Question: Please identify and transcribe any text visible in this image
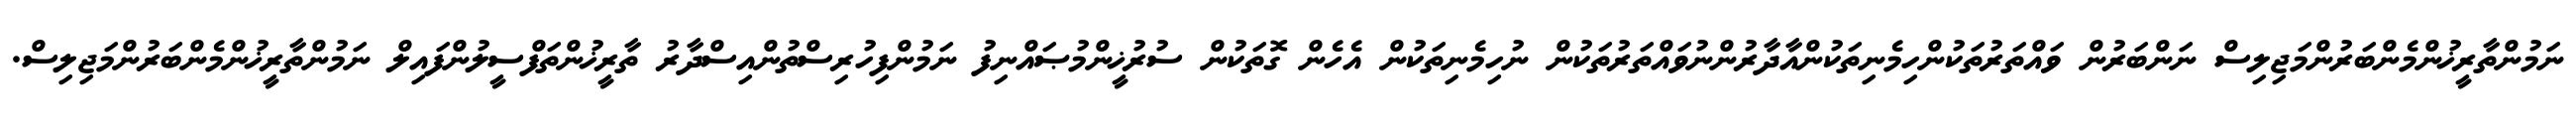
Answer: ނަމުންތާރީޚުންމެންބަރުންމަޖިލިސް ނަންބަރުން ވައްތަރުތަކުންހިމެނިތަކުންއާދާރުންނުވައްތަރުތަކުން ނުހިމެނިތަކުން އެހެން ގޮތަކުން ސުރުޚީންމުޞައްނިފު ނަމުންފިހުރިސްތުންއިސްދާރު ތާރީޚުންތަފްސީލުންފައިލް ނަމުންތާރީޚުންމެންބަރުންމަޖިލިސް.